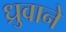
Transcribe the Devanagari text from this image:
ध्रुवाने